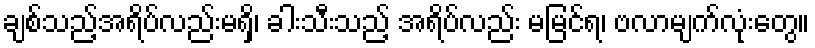
ချစ်သည့်အရိပ်လည်းမရှိ၊ ခါးသီးသည့် အရိပ်လည်း မမြင်ရ၊ ဗလာမျက်လုံးတွေ။